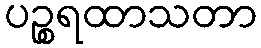
ပဉ္စရထာသတာ